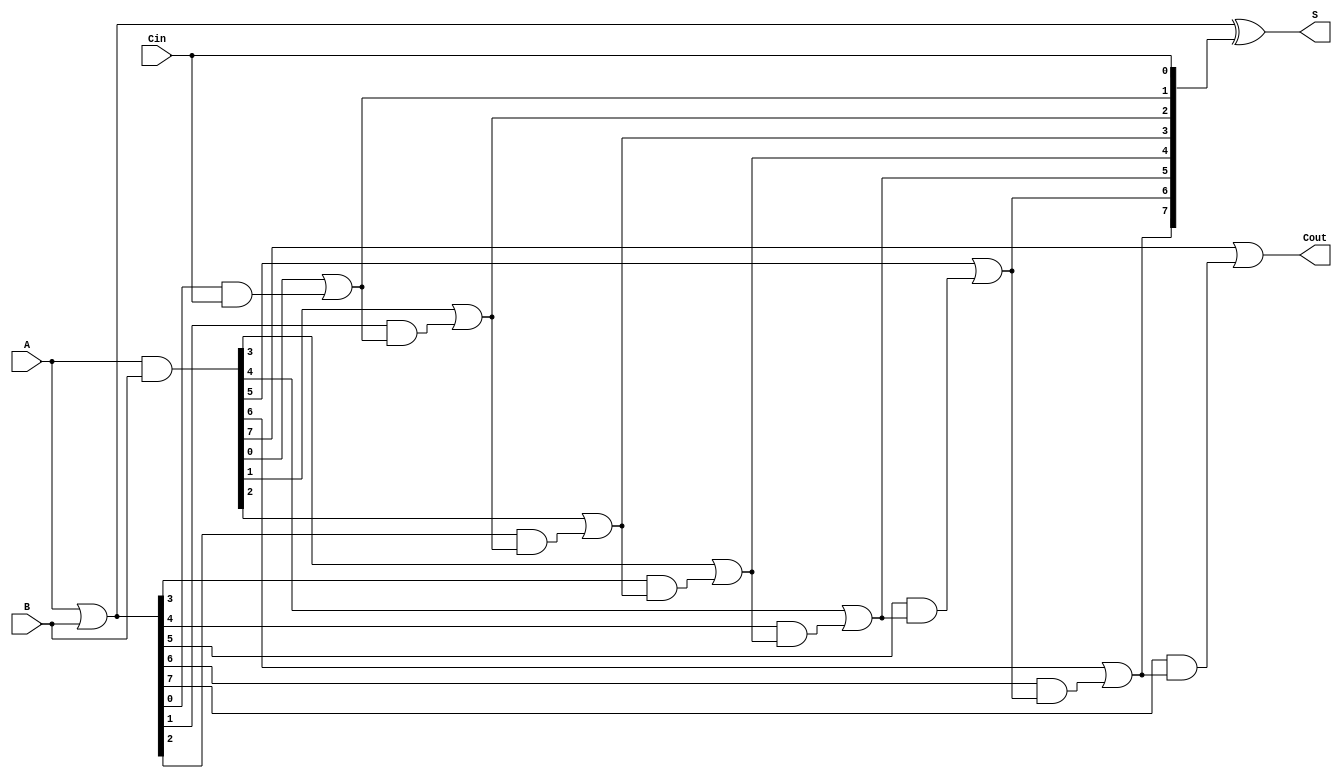
module Parallel_Prefix_Adder #(parameter N = 8) (
    input [N-1:0] A,       // First n-bit input
    input [N-1:0] B,       // Second n-bit input
    input Cin,             // Carry-in
    output [N-1:0] S,      // n-bit sum output
    output Cout            // Carry-out
);

    wire [N-1:0] G;        // Generate signals
    wire [N-1:0] P;        // Propagate signals
    wire [N:0] C;          // Carry signals (C[0] = Cin)

    // Generate and Propagate calculations
    assign G = A & B;       // Generate: G[i] = A[i] & B[i]
    assign P = A | B;       // Propagate: P[i] = A[i] | B[i]
    
    assign C[0] = Cin;      // Initial carry-in

    // Carry calculations using Kogge-Stone method
    genvar i, j;
    
    // Level 1
    for (i = 0; i < N; i = i + 1) begin
        assign C[i + 1] = G[i] | (P[i] & C[i]);
    end

    // Sum calculation
    assign S = P ^ C[N-1:0];  // S[i] = P[i] xor C[i]

    // Final carry-out
    assign Cout = C[N];

endmodule